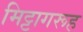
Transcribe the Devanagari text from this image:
मिट्टागरूह